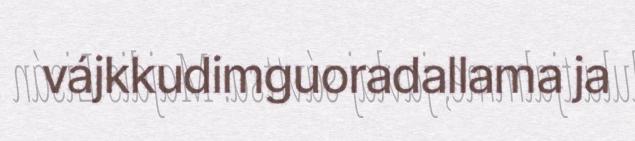
vájkkudimguoradallama ja